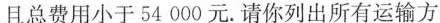
且总费用小于54000元。请你列出所有运输方